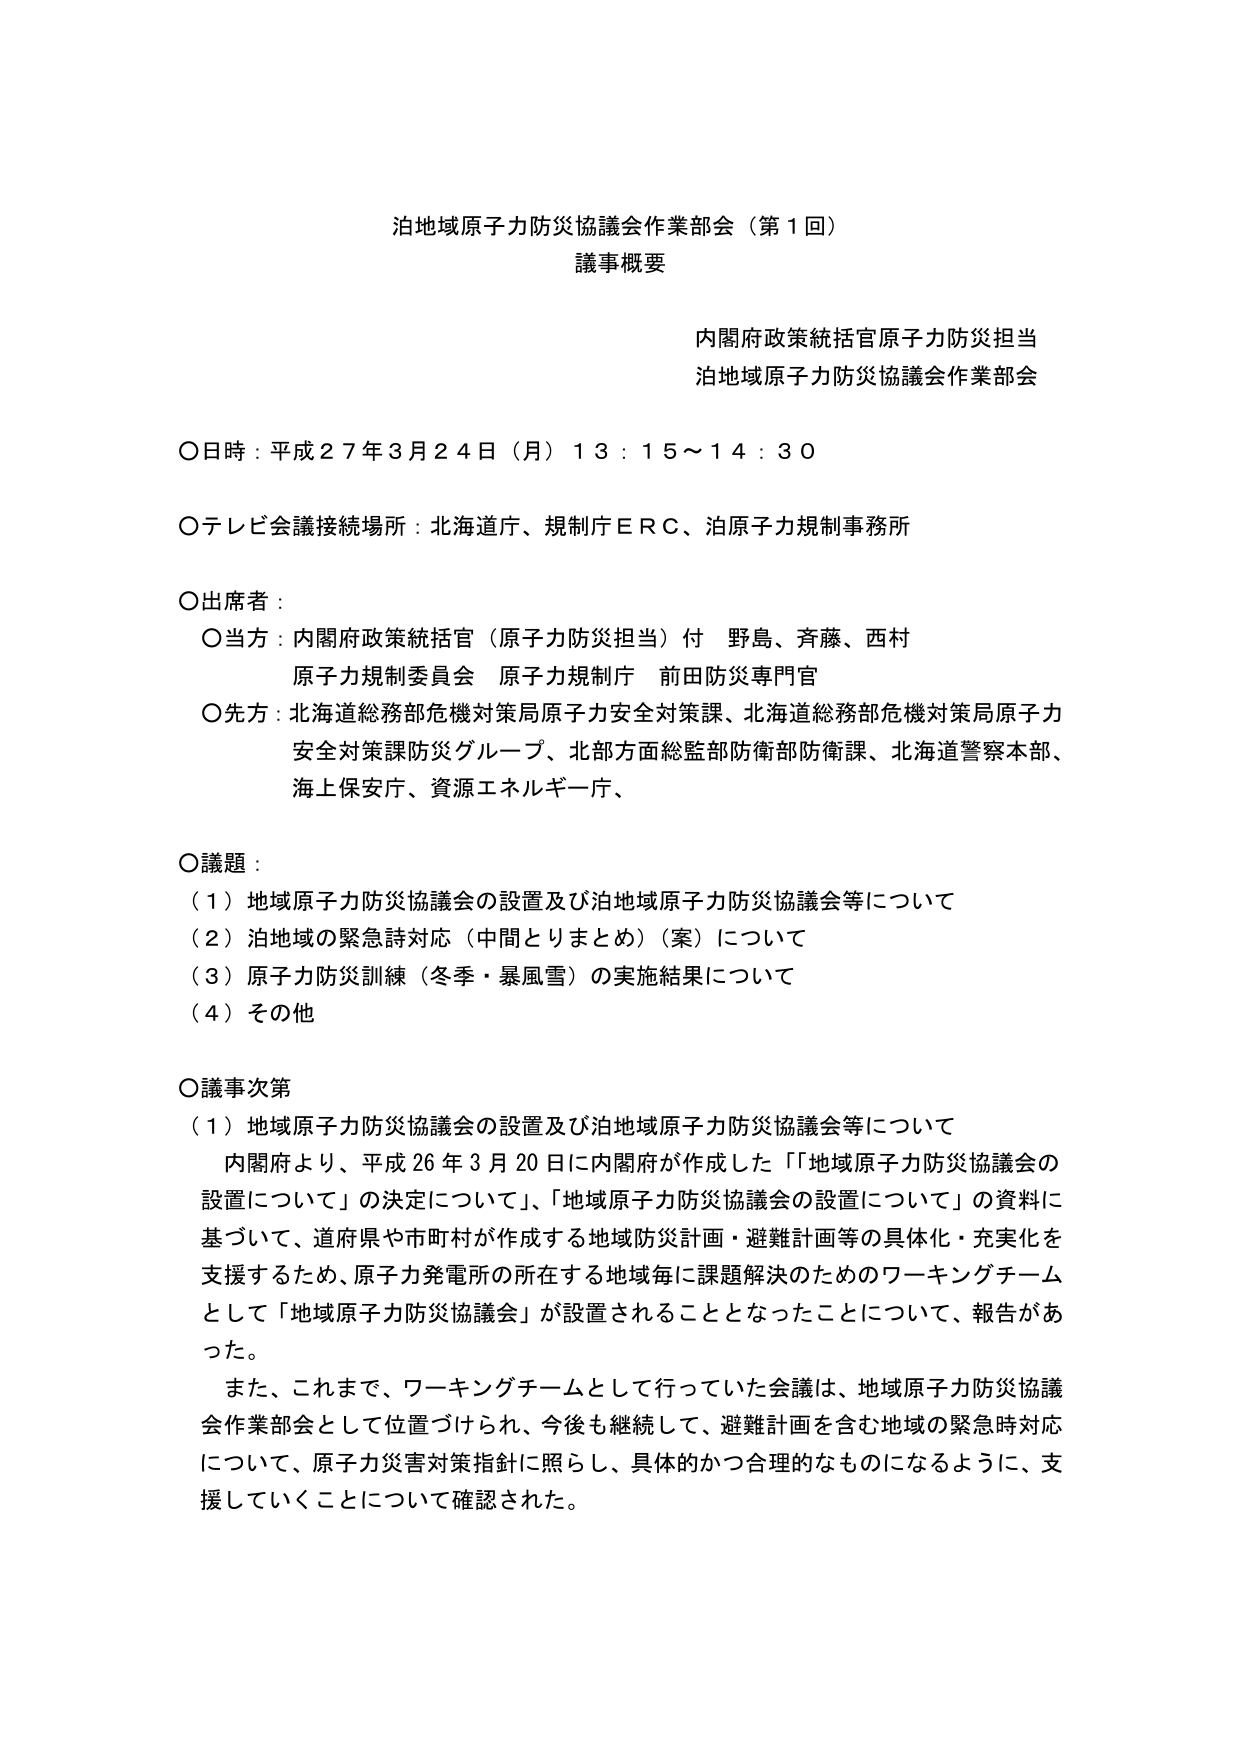
泊地域原子力防災協議会作業部会（第１回）
議事概要

内閣府政策統括官原子力防災担当
泊地域原子力防災協議会作業部会

〇日時：平成２７年３月２４日（月）１３：１５～１４：３０

〇テレビ会議接続場所：北海道庁、規制庁ＥＲＣ、泊原子力規制事務所

〇出席者：
　〇当方：内閣府政策統括官（原子力防災担当）付　野島、斉藤、西村
　　　　原子力規制委員会　原子力規制庁　前田防災専門官
　〇先方：北海道総務部危機対策局原子力安全対策課、北海道総務部危機対策局原子力
　　　　安全対策課防災グループ、北部方面総監部防衛部防衛課、北海道警察本部、
　　　　海上保安庁、資源エネルギー庁、

〇議題：
（１）地域原子力防災協議会の設置及び泊地域原子力防災協議会等について
（２）泊地域の緊急時対応（中間とりまとめ）（案）について
（３）原子力防災訓練（冬季・暴風雪）の実施結果について
（４）その他

〇議事次第
（１）地域原子力防災協議会の設置及び泊地域原子力防災協議会等について
　内閣府より、平成２６年３月２０日に内閣府が作成した「地域原子力防災協議会の
　設置について」の決定について」、「地域原子力防災協議会の設置について」の資料に
　基づいて、道府県や市町村が作成する地域防災計画・避難計画等の具体化・充実化を
　支援するため、原子力発電所の所在する地域毎に課題解決のためのワーキングチーム
　として「地域原子力防災協議会」が設置されることとなったことについて、報告があ
　った。
　また、これまで、ワーキングチームとして行っていた会議は、地域原子力防災協議
　会作業部会として位置づけられ、今後も継続して、避難計画を含む地域の緊急時対応
　について、原子力災害対策指針に照らし、具体的かつ合理的なものになるように、支
　援していくことについて確認された。